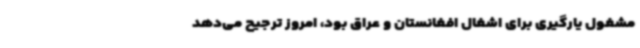
مشغول یارگیری برای اشغال افغانستان و عراق بود، امروز ترجیح می‌دهد